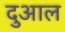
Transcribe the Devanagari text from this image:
दुआल